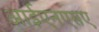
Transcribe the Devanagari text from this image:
आईएनएसए